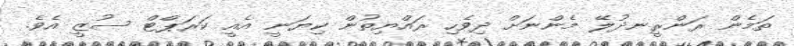
ތަމެން ރަންރީނދުލޭ މެންނަށް ދިވެހި ރައްޔިތުން ކިޔަނީ އެއީ ކަރަޕްޓް ސުޒީ އެވެ.